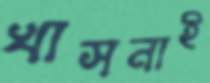
খাসনাই